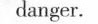
danger.